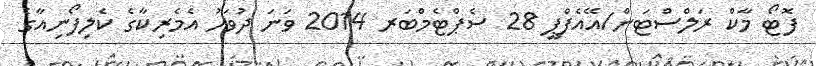
ފޮޓޯ މާކް ރަލްސްޓަން/އޭއެފްޕީ 28 ސެޕްޓެމްބަރ 2014 ވަނަ ދުވަހު އެމެރިކާގެ ކެލިފޯނިއާގެ